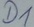
Text: D1